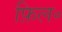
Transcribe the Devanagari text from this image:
फ़िल॰